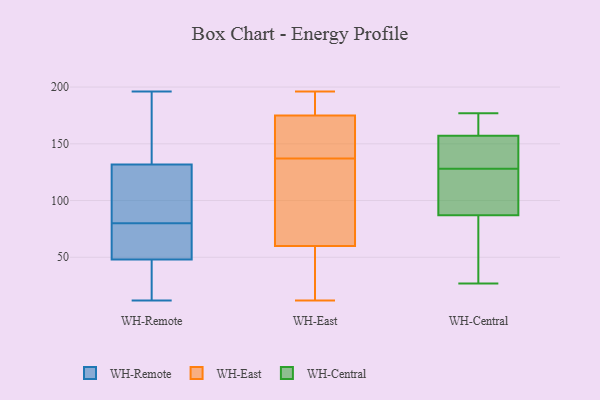
{"axis": {"x": "Humidity (%)", "y": "Value"}, "legend": ["WH-Central", "WH-East", "WH-Remote"], "data": [{"x": "", "y": 30, "type": "WH-Remote"}, {"x": "", "y": 51, "type": "WH-Remote"}, {"x": "", "y": 114, "type": "WH-Remote"}, {"x": "", "y": 57, "type": "WH-Remote"}, {"x": "", "y": 125, "type": "WH-Remote"}, {"x": "", "y": 63, "type": "WH-Remote"}, {"x": "", "y": 12, "type": "WH-Remote"}, {"x": "", "y": 47, "type": "WH-Remote"}, {"x": "", "y": 196, "type": "WH-Remote"}, {"x": "", "y": 80, "type": "WH-Remote"}, {"x": "", "y": 153, "type": "WH-Remote"}, {"x": "", "y": 25, "type": "WH-Remote"}, {"x": "", "y": 179, "type": "WH-Remote"}, {"x": "", "y": 106, "type": "WH-Remote"}, {"x": "", "y": 13, "type": "WH-Remote"}, {"x": "", "y": 134, "type": "WH-Remote"}, {"x": "", "y": 136, "type": "WH-Remote"}, {"x": "", "y": 104, "type": "WH-Remote"}, {"x": "", "y": 67, "type": "WH-Remote"}, {"x": "", "y": 176, "type": "WH-East"}, {"x": "", "y": 12, "type": "WH-East"}, {"x": "", "y": 44, "type": "WH-East"}, {"x": "", "y": 74, "type": "WH-East"}, {"x": "", "y": 60, "type": "WH-East"}, {"x": "", "y": 131, "type": "WH-East"}, {"x": "", "y": 175, "type": "WH-East"}, {"x": "", "y": 196, "type": "WH-East"}, {"x": "", "y": 152, "type": "WH-East"}, {"x": "", "y": 143, "type": "WH-East"}, {"x": "", "y": 119, "type": "WH-Central"}, {"x": "", "y": 177, "type": "WH-Central"}, {"x": "", "y": 164, "type": "WH-Central"}, {"x": "", "y": 27, "type": "WH-Central"}, {"x": "", "y": 98, "type": "WH-Central"}, {"x": "", "y": 81, "type": "WH-Central"}, {"x": "", "y": 87, "type": "WH-Central"}, {"x": "", "y": 137, "type": "WH-Central"}, {"x": "", "y": 145, "type": "WH-Central"}, {"x": "", "y": 157, "type": "WH-Central"}]}